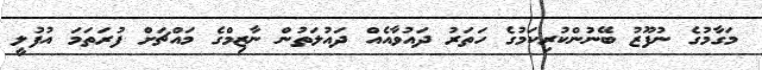
މަގާމުގެ ނުފޫޒު ބޭނުންކުރިކަމުގެ ހަތަރު ދައުވާއެއް ދައުލަތުން ނާޒިމްގެ މައްޗަށް ފުރަތަމަ އުފުލީ